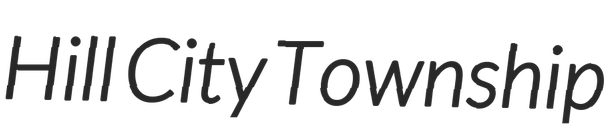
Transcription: Hill City Township